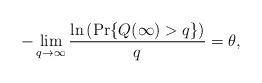
LaTeX: \begin{align*}-\lim_{q\to \infty}\frac{\ln\left(\textrm{Pr}\{Q(\infty)>q\}\right)}{q}=\theta,\end{align*}